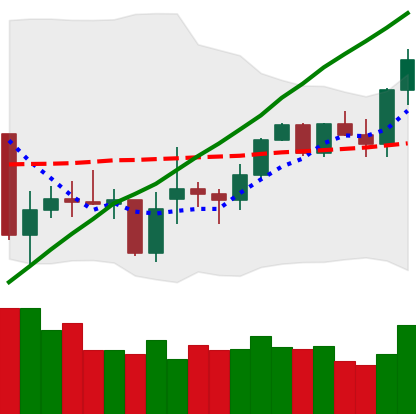
Ticker: XMR-USD
Chart end date: 2021-02-09
Forward return: 36.0%
Label: up_7plus